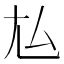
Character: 𡯆